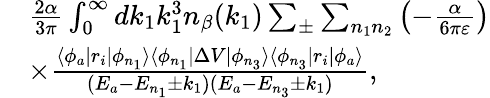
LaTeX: \begin{array}{rl}&{\frac{2\alpha}{3\pi}\int_{0}^{\infty}dk_{1}k_{1}^{3}n_{\beta}(k_{1})\sum_{\pm}\sum_{n_{1}n_{2}}\left(-\frac{\alpha}{6\pi\varepsilon}\right)}\\ &{\times\frac{\langle\phi_{a}|r_{i}|\phi_{n_{1}}\rangle\langle\phi_{n_{1}}|\Delta V|\phi_{n_{3}}\rangle\langle\phi_{n_{3}}|r_{i}|\phi_{a}\rangle}{(E_{a}-E_{n_{1}}\pm k_{1})(E_{a}-E_{n_{3}}\pm k_{1})},}\end{array}